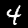
Digit: 4